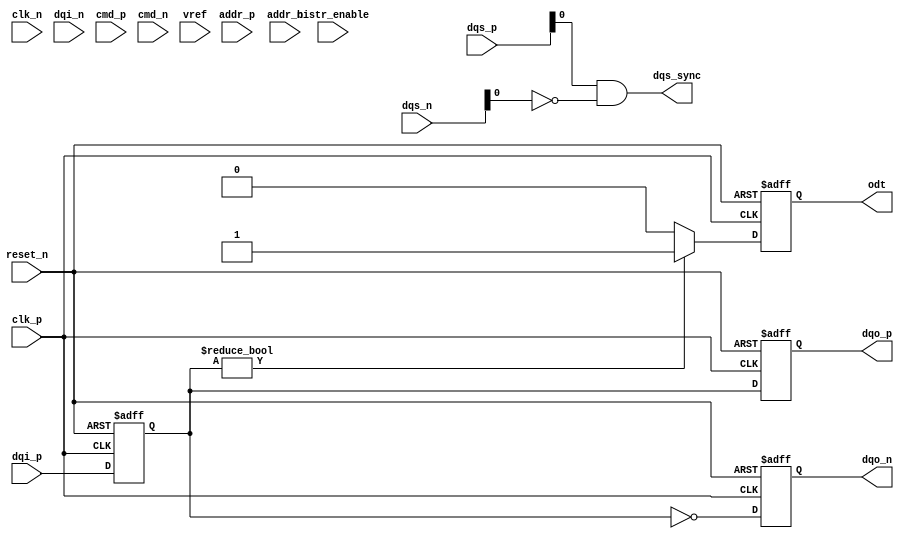
module lpddr5_io_block (
    input wire        clk_p,   // Differential Clock Positive
    input wire        clk_n,   // Differential Clock Negative
    input wire [15:0] dqi_p,   // Differential Data Input Positive
    input wire [15:0] dqi_n,   // Differential Data Input Negative
    output reg [15:0] dqo_p,   // Differential Data Output Positive
    output reg [15:0] dqo_n,   // Differential Data Output Negative
    input wire        cmd_p,   // Command Positive
    input wire        cmd_n,   // Command Negative
    input wire        addr_p,   // Address Positive
    input wire        addr_n,   // Address Negative
    input wire [7:0]  dqs_p,   // Data Strobe Positive
    input wire [7:0]  dqs_n,   // Data Strobe Negative
    output reg        odt,      // On-Die Termination Control
    input wire        reset_n,  // Active low reset
    input wire        vref,      // Reference Voltage
    output wire       dqs_sync,  // DQS Synchronized output
    input wire        bistr_enable // BIST Enable
);

// Internal Signals
reg [15:0] data_buf;                // Buffer for data signals
wire clk;                           // Internal Clock
reg power_mode;                    // Power Management state
wire bist_test;                    // BIST Test Trigger

// Clock & Data Alignment
always @(posedge clk_p or negedge reset_n) begin
    if (!reset_n) begin
        data_buf <= 16'b0;
        dqo_p <= 16'b0;
        dqo_n <= 16'b0;
    end else begin
        // Capture data on rising edge
        data_buf <= {dqi_n[15:0], dqi_p[15:0]};
        // Output data for the next cycle
        dqo_p <= data_buf;
        dqo_n <= ~data_buf;
    end
end

// ODT Control
always @(posedge clk_p or negedge reset_n) begin
    if (!reset_n) begin
        odt <= 1'b0;  // Disable ODT on reset
    end else begin
        // Simple ODT condition
        odt <= (data_buf != 16'b0) ? 1'b1 : 1'b0;
    end
end

// DQS Signal Management (edge detection example)
assign dqs_sync = (dqs_p & ~dqs_n);

// Power Management
always @(posedge clk_p or negedge reset_n) begin
    if (!reset_n) begin
        power_mode <= 1'b0;  // Normal operation mode
    end else begin
        // Example condition for power savings
        power_mode <= (data_buf == 16'b0) ? 1'b1 : 1'b0;
    end
end

// Built-In Self-Test Module (simplified)
always @(posedge clk_p) begin
    if(bistr_enable) begin
        // BIST logic goes here (e.g. test patterns)
    end
end

endmodule